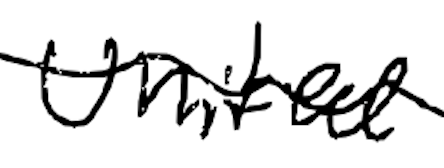
Text: United
Cross-out: wave
Writing tool: digital_black